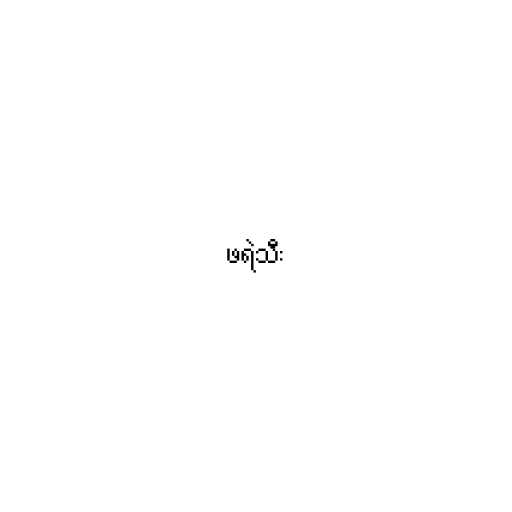
ဖရဲသီး